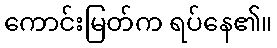
ကောင်းမြတ်က ရပ်နေ၏။